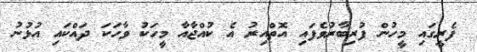
ފެރީގައި މީހުން ފުރިބާރުވެފައި އޮތްއިރު އެ ކުއްޖާއާ މީހަކު ވާހަކަ ދައްކައި އުޅުނު